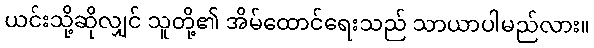
ယင်းသို့ဆိုလျှင် သူတို့၏ အိမ်ထောင်ရေးသည် သာယာပါမည်လား။